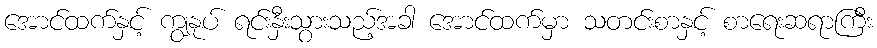
အောင်ထက်နှင့် ကျွနုပ် ရင်းနှီးသွားသည့်အခါ အောင်ထက်မှာ သတင်းစာနှင့် စာရေးဆရာကြီး